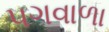
પગવાળા